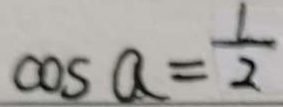
\cos a = \frac { 1 } { 2 }